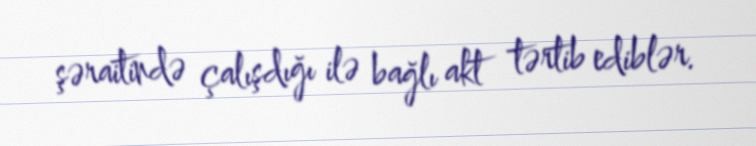
şəraitində çalışdığı ilə bağlı akt tərtib ediblər.